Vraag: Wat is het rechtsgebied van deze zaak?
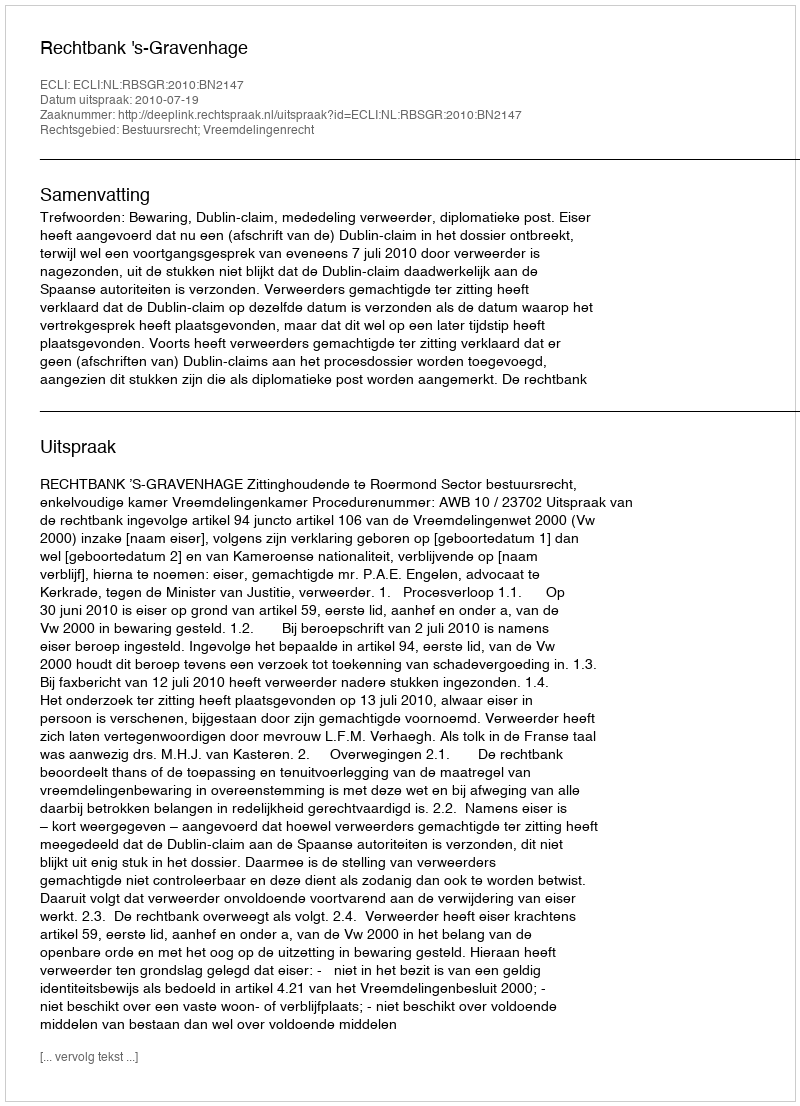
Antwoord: Bestuursrecht; Vreemdelingenrecht